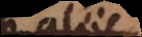
ab aliis